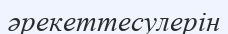
әрекеттесулерін